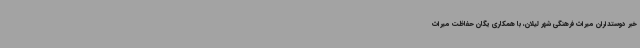
خبر دوستداران میراث فرهنگی شهر لیلان، با همکاری یگان حفاظت میراث